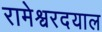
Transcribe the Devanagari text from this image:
रामेश्वरदयाल